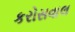
કરોસવાલ